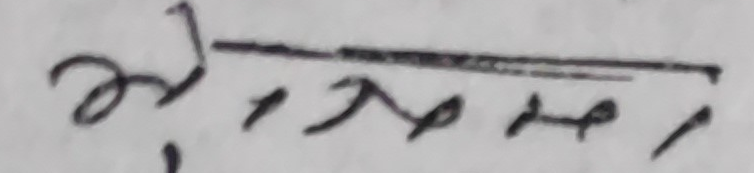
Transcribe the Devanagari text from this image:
कोदोको १